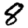
Digit: 8